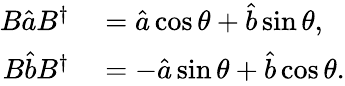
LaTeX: \begin{array}{rl}{B\hat{a}B^{\dagger}}&{{}=\hat{a}\cos\theta+\hat{b}\sin\theta,}\\ {B\hat{b}B^{\dagger}}&{{}=-\hat{a}\sin\theta+\hat{b}\cos\theta.}\end{array}